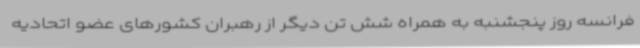
فرانسه روز پنجشنبه به همراه شش تن دیگر از رهبران کشورهای عضو اتحادیه